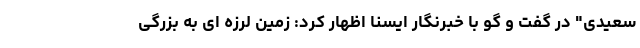
سعیدی" در گفت و گو با خبرنگار ایسنا اظهار کرد: زمین لرزه ای به بزرگی